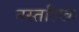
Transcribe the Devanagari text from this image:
नस्तलिक़